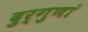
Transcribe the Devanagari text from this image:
दुर्गुणां